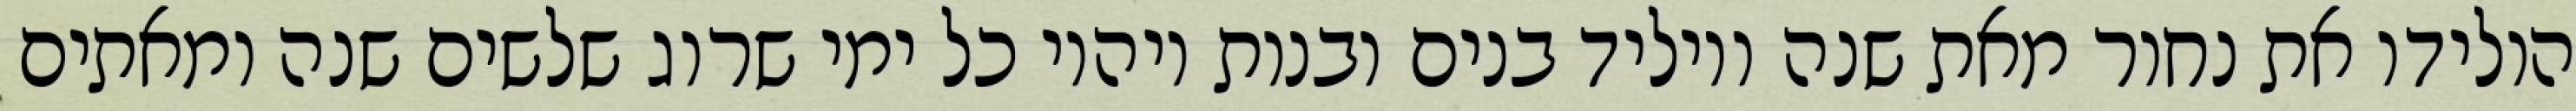
הולידו את נחור מאת שנה ויוליד בנים ובנות ויהיו כל ימי שרוג שלשים שנה ומאתים